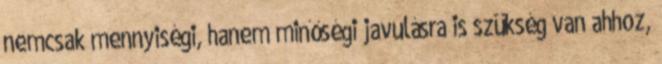
nemcsak mennyiségi, hanem minőségi javulásra is szükség van ahhoz,